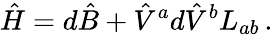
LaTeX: \hat{H}=d\hat{B}+{\hat{V}}^{a}d{\hat{V}}^{b}L_{ab}\, .